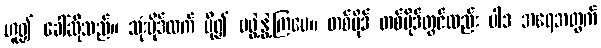
ဟူ၍ ခေါ်ဆိုသည်။ သုံးပိုဒ်ထက် ပို၍ မဖွဲ့နွဲ့ကြပေ။ တစ်ပိုဒ် တစ်ပိုဒ်တွင်လည်း ပါဒ အရေအတွက်